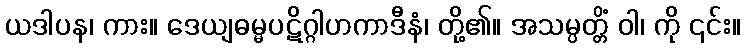
ယဒါပန၊ ကား။ ဒေယျဓမ္မပဋိဂ္ဂါဟကာဒီနံ၊ တို့၏။ အသမ္ပတ္တိံ ဝါ၊ ကို ၎င်း။